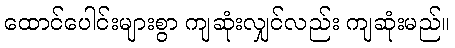
ထောင်ပေါင်းများစွာ ကျဆုံးလျှင်လည်း ကျဆုံးမည်။